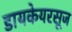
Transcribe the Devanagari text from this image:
डायकेयरसूज